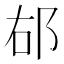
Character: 𨚞